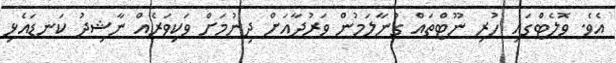
އެވެ. ވޮލެޓްގައި ހުރި ނޫޓްތައް ގުނާލަމުން ވަރުދާއަށް ދިނުމަށް ވަކިވަރެއް ނާޝިދު ކަނޑައެޅި